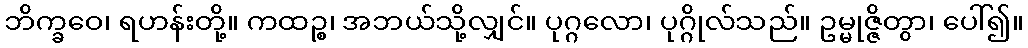
ဘိက္ခဝေ၊ ရဟန်းတို့။ ကထဉ္စ၊ အဘယ်သို့လျှင်။ ပုဂ္ဂလော၊ ပုဂ္ဂိုလ်သည်။ ဥမ္မုဇ္ဇိတွာ၊ ပေါ်၍။